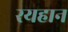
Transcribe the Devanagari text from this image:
रयहान